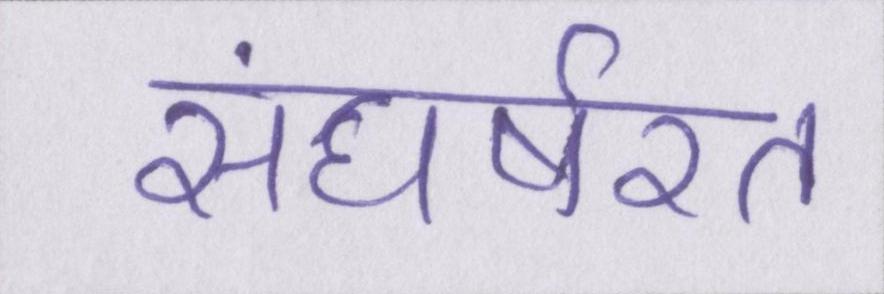
संघर्षरत